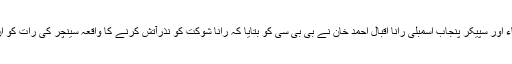
مسلم لیگ نون کے رہنماء اور سپیکر پنجاب اسمبلی رانا اقبال احمد خان نے بی بی سی کو بتایا کہ رانا شوکت کو نذرآتش کرنے کا واقعہ سینچر کی رات کو ان کے ڈیرے پر پیش آیا۔